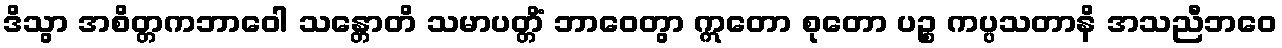
ဒိသွာ အစိတ္တကဘာဝေါ သန္တောတိ သမာပတ္တိံ ဘာဝေတွာ ဣတော စုတော ပဉ္စ ကပ္ပသတာနိ အသညီဘဝေ